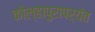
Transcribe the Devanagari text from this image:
कोल्हापुरापर्यंत